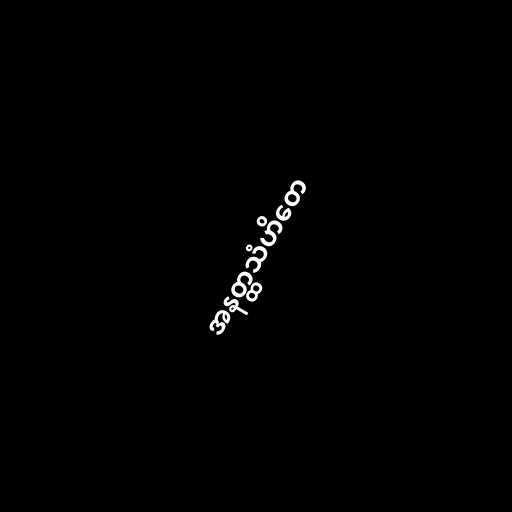
အနတ္ထသံဟိတေ